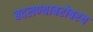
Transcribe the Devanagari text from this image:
बदलण्याबरोबरच